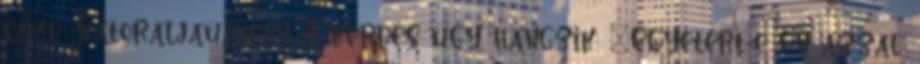
címe: Sátoraljaújhely A kérdés úgy hangzik: “Egyetért-e Ön azzal,